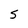
Character: S